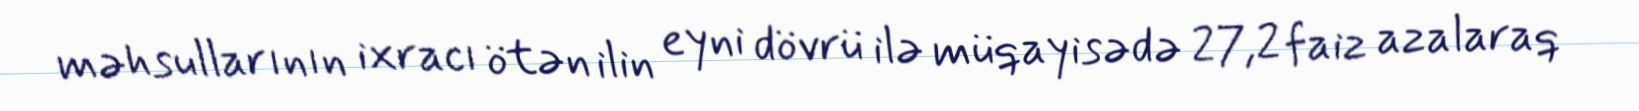
məhsullarının ixracı ötən ilin eyni dövrü ilə müqayisədə 27,2 faiz azalaraq